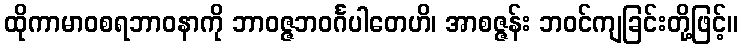
ထိုကာမာဝစရဘာဝနာကို ဘာဝဇ္ဇဘဝင်္ဂပါတေဟိ၊ အာစဇ္ဇန်း ဘဝင်ကျခြင်းတို့ဖြင့်။